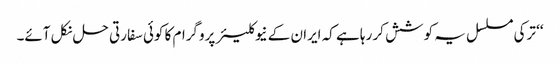
‘‘ ترکی مسلسل یہ کوشش کر رہا ہے کہ ایران کے نیوکلیئر پروگرام کا کوئی سفارتی حل نکل آئے۔